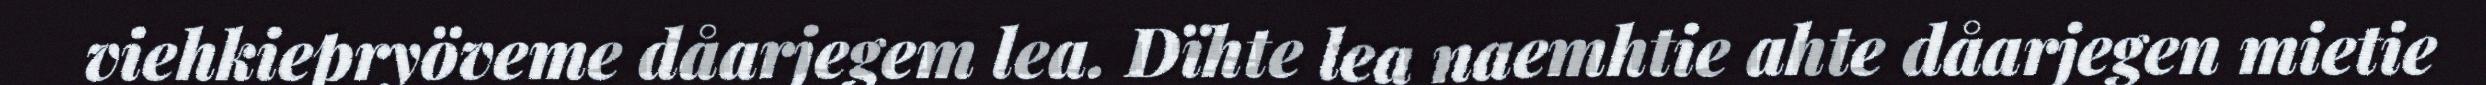
viehkiepryöveme dåarjegem lea. Dïhte lea naemhtie ahte dåarjegen mietie